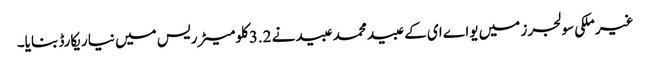
غیرملکی سولجرز میں یواے ای کے عبید محمد عبیدنے 3.2کلومیٹر ریس میں نیا ریکارڈ بنایا۔